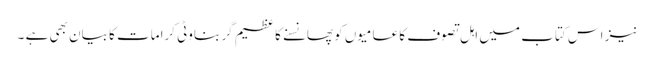
نیز اس کتاب میں اہل تصوف کا عامیوں کو پھانسنے کا عظیم گر بناوٹی کرامات کا بیان بھی ہے ۔